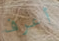
أعرف